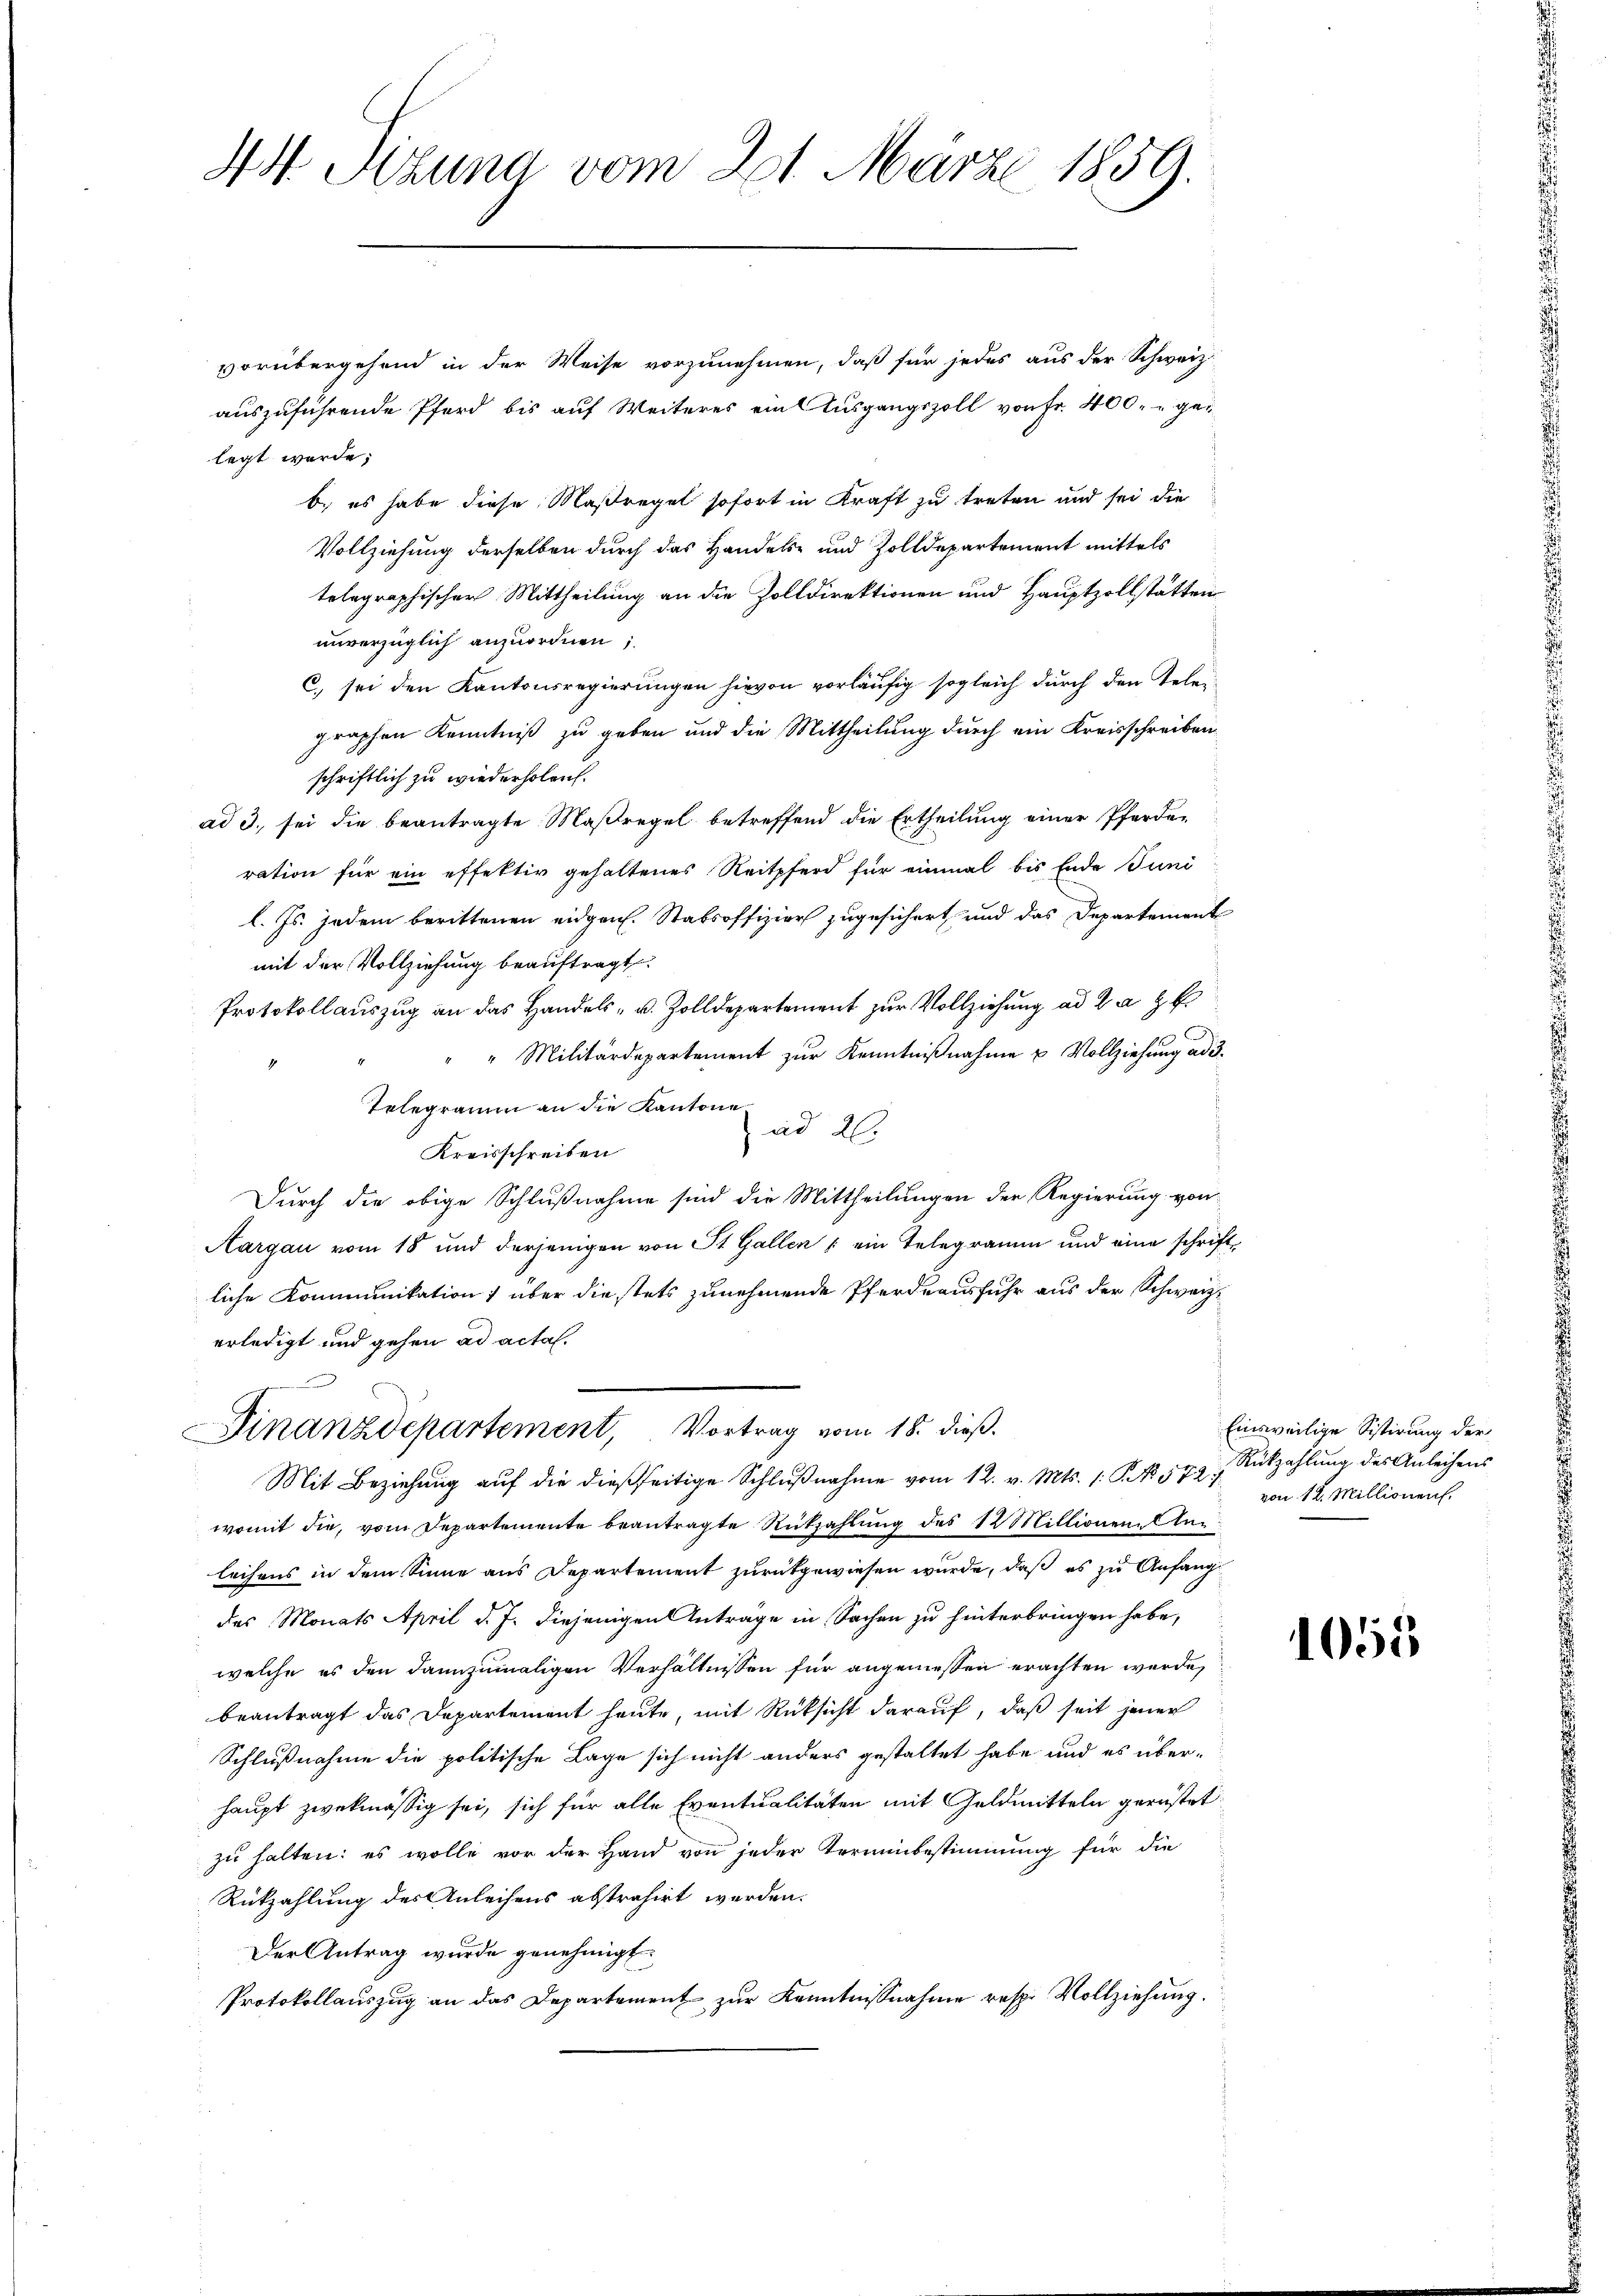
44. Bzuna vom 21. März 1859.

vorübergehend in der Weise vorzunehmen, daß für jedes aus der Schweiz.
auszuführende Pferd bis auf Weiteres ein Ausgangszoll von Fr. 400.- gelegt werde;
b. es habe diese Maßregel sofort in Kraft zu treten und sei die
Vollziehung derselben durch das Handels- und Zolldepartement mittels
telegraphischer Mittheilung an die Zolldirektionen und Hauptzollstätten
unverzüglich anzuordnen;
C) sei den Kantonsregierungen hievon vorläufig sogleich durch den Telegraphen Kenntniß zu geben und die Mittheilung durch ein Kreisschreiben
schriftlich zu wiederholen.
ad 3., sei die beantragte Maßregel betreffend die Ertheilung einer Pferderation für ein effektiv gehaltenes Reitpferd für einmal bis Ende Juni
l. Js. jedem berittenen eidgen. Stabsoffizier zugesichert, und das Departement
mit der Vollziehung beauftragt.
Protokollauszug an das Handels- u. Zolldepartement zur Vollziehung ad 2. a. g.
" " Militärdepartement zŭr Kenntniβnahme u Vollziehŭng ad 3.
Telegramm an die Kantone
ad 20.
Kreisschreiben
Durch die obige Schlußnahme sind die Mittheilungen der Regierung von
Aargau vom 18 und derjenigen von St. Gallen ; ein Telegramm und eine schrift
liche Kommunikation über die stets zunehmende Pferdeausfuhr aus der Schweize
erledigt und gehen ad acta.
Finanzdepartement, Vortrag vom 18. dieß.
Mit Beziehung auf die dießseitige Schlußnahme vom 12. v. Mts. 1. P. Nr. 581 n 12. Millionen.
womit die, vom Departemente beantragte Rückzahlung des 12 Millionen An
leihens in dem Sinne aus Departement zurückgewiesen wurde, daß es zu Anfang
des Monats April d. J. diejenigen Anträge in Sachen zu hinterbringen habe,
welche es den dannzumaligen Verhältnissen für angemessen erachten werde,
beantragt das Departement heute, mit Rücksicht darauf, daß seit jener
Schlußnahme die politische Lage sich nicht anders gestaltet habe und es über-
haupt zwekmässig sei, sich für alle Eventualitäten mit Geldmitteln gerüstet
zu halten: es wolle vor der Hand von jeder Verminbestimmung für die
Rükzahlung des Anleihens abstrahirt werden.
Der Antrag wurde genehmigt.
Protokollauszug an das Departement zur Kenntnißnahme resp. Vollziehung.

4

Einsweilige Sistirung der
Rükzahlung des Anleihens

1055